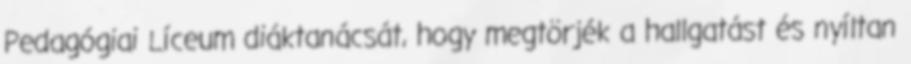
Pedagógiai Líceum diáktanácsát, hogy megtörjék a hallgatást és nyíltan